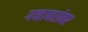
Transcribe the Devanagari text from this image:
गव्हाबरोबर